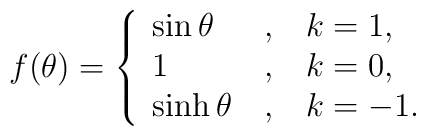
f(\theta )=\left\{ \begin{array}{l@{\quad,\quad}l}\sin \theta & k=1, \\ 1 & k=0, \\ \sinh \theta & k=-1.\end{array}\right.